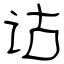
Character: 诂